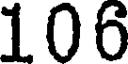
106